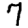
Digit: 7